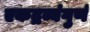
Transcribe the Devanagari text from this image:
एकद्रव्यंगुणं